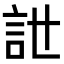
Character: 𧥨